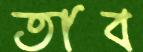
তাব